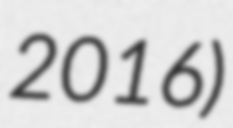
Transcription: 2016)